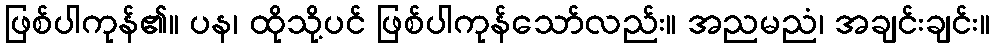
ဖြစ်ပါကုန်၏။ ပန၊ ထိုသို့ပင် ဖြစ်ပါကုန်သော်လည်း။ အညမညံ၊ အချင်းချင်း။